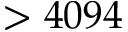
> 4 0 9 4